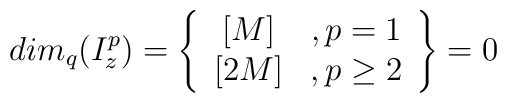
dim_q(I^p_z)=\left\{\begin{array}{cc} {[M]}&,p=1\\ {[2M]}&,p\geq2\end{array}\right\}=0